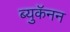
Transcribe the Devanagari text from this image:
ब्युकॅनन